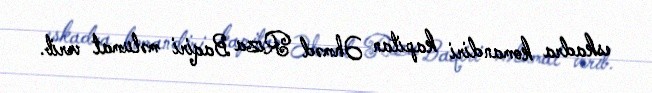
eskadra komandiri kapitan Əhməd Rıza Baqiri məlumat verib.